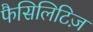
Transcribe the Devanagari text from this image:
फैसिलिटिज़